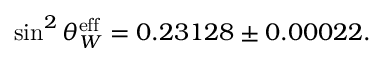
\sin ^ { 2 } \theta _ { W } ^ { \mathrm { e f f } } = 0 . 2 3 1 2 8 \pm 0 . 0 0 0 2 2 .